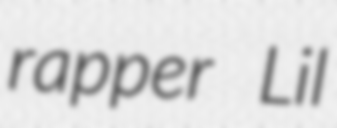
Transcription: rapper Lil